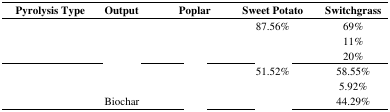
<table><thead><tr><td><b>Pyrolysis Type</b></td><td><b>Output</b></td><td><b>Poplar</b></td><td><b>Sweet Potato</b></td><td><b>Switchgrass</b></td></tr></thead><tbody><tr><td rowspan="3">[EMPTY_CELL]</td><td>[EMPTY_CELL]</td><td>[EMPTY_CELL]</td><td>87.56%</td><td>69%</td></tr><tr><td>[EMPTY_CELL]</td><td>[EMPTY_CELL]</td><td>[EMPTY_CELL]</td><td>11%</td></tr><tr><td>[EMPTY_CELL]</td><td>[EMPTY_CELL]</td><td>[EMPTY_CELL]</td><td>20%</td></tr><tr><td rowspan="3">[EMPTY_CELL]</td><td>[EMPTY_CELL]</td><td>[EMPTY_CELL]</td><td>51.52%</td><td>58.55%</td></tr><tr><td>[EMPTY_CELL]</td><td>[EMPTY_CELL]</td><td>[EMPTY_CELL]</td><td>5.92%</td></tr><tr><td>Biochar</td><td>[EMPTY_CELL]</td><td>[EMPTY_CELL]</td><td>44.29%</td></tr></tbody></table>